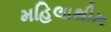
મહિલાથીમ